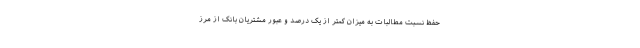
حفظ نسبت مطالبات به میزان کمتر از یک درصد و عبور مشتریان بانک از مرز